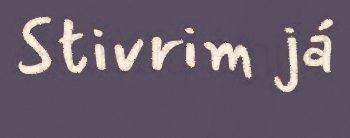
Stivrim já